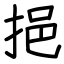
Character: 挹